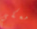
معكي